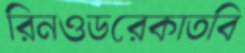
রিনওডরেকাতবি